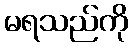
မရသည်ကို